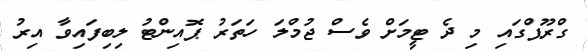
ގްރޫޕްގައި މި ދެ ޓީމަށް ވެސް ޖުމްލަ ހަތަރު ޕޮއިންޓު ލިބިފައިވާ އިރު